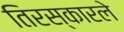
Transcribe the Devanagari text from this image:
तिरस्कारले